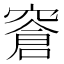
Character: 𬔎